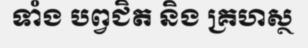
ទាំង បព្វជិត និង គ្រហស្ថ